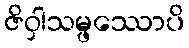
ဇိဝှါသမ္ဖဿောပိ